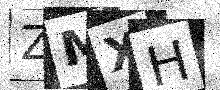
Text: ZMXH